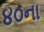
૪૦ના